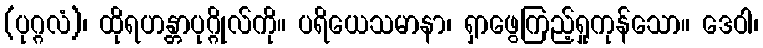
(ပုဂ္ဂလံ)၊ ထိုရဟန္တာပုဂ္ဂိုလ်ကို။ ပရိယေသမာနာ၊ ရှာဖွေကြည့်ရှုကုန်သော။ ဒေဝါ၊